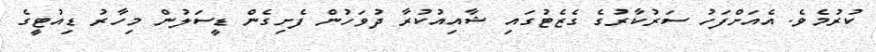
ކުރުމެވެ. އެއަށްފަހު ސަރުކާރުގެ ގެޒެޓުގައި ޝާއިއުކުރާ ދުވަހުން ފެށިގެން ޑީސަލުން މިހާރު ޑިއުޓީގެ